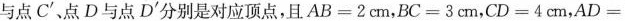
与点C^ { \prime }、点D与点D^ { \prime }分别是对应顶点，且$$AB=2cm$$，$$BC=3cm$$，$$CD=4cm$$，AD=